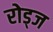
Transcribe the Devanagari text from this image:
रोड्ज